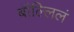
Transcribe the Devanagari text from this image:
बॉल्लिलं